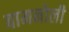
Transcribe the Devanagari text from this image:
बामनोली